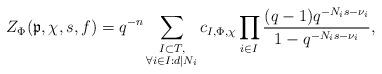
LaTeX: \begin{align*}Z_{\Phi}(\mathfrak{p},\chi,s,f)=q^{-n}\sum_{\substack{I\subset T,\\ \forall i\in I: d\mid N_{i}}}c_{I,\Phi,\chi}\prod_{i\in I}\frac{(q-1)q^{-N_{i}s-\nu_{i}}}{1-q^{-N_{i}s-\nu_{i}}},\end{align*}